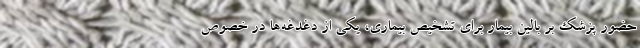
حضور پزشک بر بالین بیمار برای تشخیص بیماری، یکی از دغدغه‌ها در خصوص